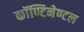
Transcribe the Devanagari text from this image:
कॉण्टिनेण्टल